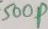
Text: 500p